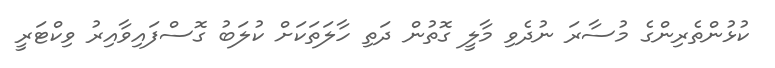
ކުޅުންތެރިންގެ މުސާރަ ނުދެވި މާލީ ގޮތުން ދަތި ހާލަތަކަށް ކުލަބު ގޮސްފައިވާއިރު ވިކްޓަރީ